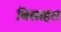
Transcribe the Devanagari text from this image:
बिसाहत